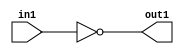
`timescale 1ps / 1ps
/*****************************************************************************
    Verilog RTL Description
    
    
    Created by: Stratus DpOpt 2019.1.01 
*******************************************************************************/

module st_weight_addr_gen_Not_1U_1U_4_7 (
	in1,
	out1
	); /* architecture "behavioural" */ 
input  in1;
output  out1;
wire  asc001;

assign asc001 = 
	((~in1));

assign out1 = asc001;
endmodule

/* CADENCE  urbzTwo= : u9/ySgnWtBlWxVPRXgAZ4Og= ** DO NOT EDIT THIS LINE ******/